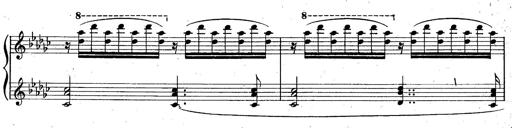
Title: La Marseillaise
Composer: Franz Liszt
Key: B-flat major